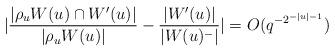
LaTeX: \begin{align*} |\frac{|\rho_u W(u) \cap W'(u)|}{|\rho_u W(u)|} - \frac{|W'(u)|}{|W(u)^-|}| = O(q^{-2^{-|u|-1}}) \end{align*}